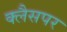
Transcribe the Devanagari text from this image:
क्लैसपर